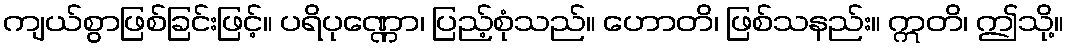
ကျယ်စွာဖြစ်ခြင်းဖြင့်။ ပရိပုဏ္ဏော၊ ပြည့်စုံသည်။ ဟောတိ၊ ဖြစ်သနည်း။ ဣတိ၊ ဤသို့။